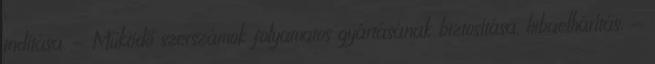
indítása. - Működő szerszámok folyamatos gyártásának biztosítása, hibaelhárítás. -